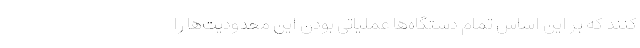
کنند که بر این اساس تمام دستگاه‌ها عملیاتی بودن این محدودیت‌ها را